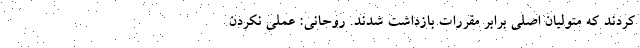
کردند که متولیان اصلی برابر مقررات بازداشت شدند. روحانی: عملی نکردن